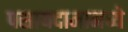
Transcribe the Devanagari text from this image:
पसायदानामध्ये